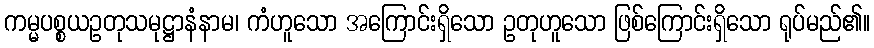
ကမ္မပစ္စယဥတုသမုဋ္ဌာနံနာမ၊ ကံဟူသော အကြောင်းရှိသော ဥတုဟူသော ဖြစ်ကြောင်းရှိသော ရုပ်မည်၏။